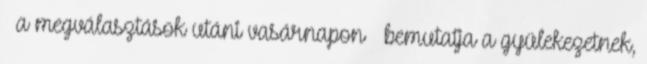
– a megválasztások utáni vasárnapon – bemutatja a gyülekezetnek,